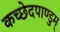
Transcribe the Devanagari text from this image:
कच्छेदपाण्डुम्